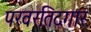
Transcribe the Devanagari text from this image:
परवरतिदगार